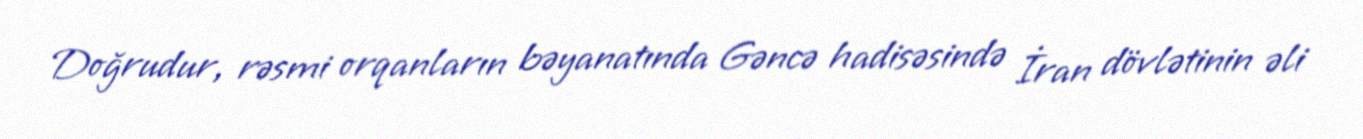
Doğrudur, rəsmi orqanların bəyanatında Gəncə hadisəsində İran dövlətinin əli